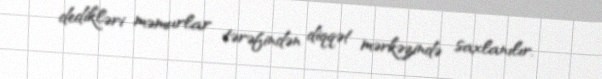
dedikləri məmurlar tərəfindən diqqət mərkəzində saxlanılır.